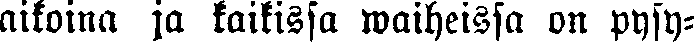
aikoina ja kaikissa waiheissa on pysy-